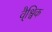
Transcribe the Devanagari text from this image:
वै्श्विक